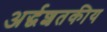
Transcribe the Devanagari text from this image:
अर्द्धशतकीय